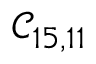
\mathcal { C } _ { 1 5 , 1 1 }